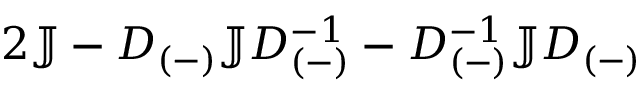
2 \mathbb { J } - D _ { ( - ) } \mathbb { J } D _ { ( - ) } ^ { - 1 } - D _ { ( - ) } ^ { - 1 } \mathbb { J } D _ { ( - ) }